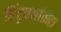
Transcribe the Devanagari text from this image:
हिंदुधर्मातील